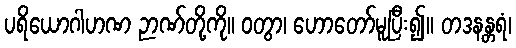
ပရိယောဂါဟဏ ဉာဏ်တို့ကို။ ဝတွာ၊ ဟောတော်မူပြီး၍။ တဒနန္တရံ၊